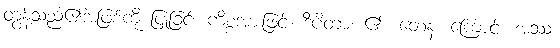
တွန့်သည်၏အဖြစ်ကို ပြုခြင်း ကိစ္စအားဖြင့်။ ဒီပိတာ၊ ၏။ တေန၊ ကြောင့်။ အဿ၊